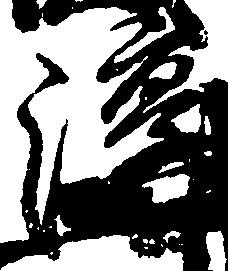
淳